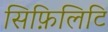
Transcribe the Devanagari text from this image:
सिफ़िलिटि